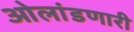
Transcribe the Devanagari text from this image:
ओलांडणारी